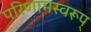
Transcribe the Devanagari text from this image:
परिणामस्वरूप्